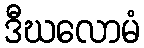
ဒီဃလောမံ